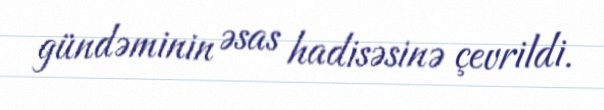
gündəminin əsas hadisəsinə çevrildi.